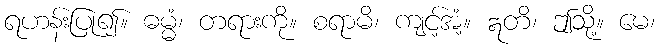
ရဟန်းပြု၍။ ဓမ္မံ၊ တရားကို။ စရာမိ၊ ကျင့်အံ့။ ဣတိ၊ ဤသို့။ မေ၊